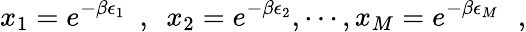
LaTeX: x_{1}=e^{-\beta\epsilon_{1}}~~,~~x_{2}=e^{-\beta\epsilon_{2}},\cdots,x_{M}=e^{-\beta\epsilon_{M}}\, \, \, \, ,